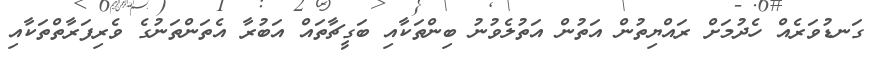
ގަނޑުވަރެއް ހެދުމަށް ރައްޔިތުން އަތުން އަތުލެވުނު ބިންތަކާއި ބަގީޗާތައް އަބުރާ އެތަންތަނުގެ ވެރިފަރާތްތަކާއި